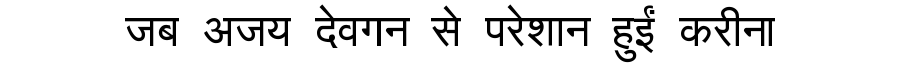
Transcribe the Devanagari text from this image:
जब अजय देवगन से परेशान हुईं करीना